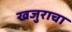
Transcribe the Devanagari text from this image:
खजुराचा